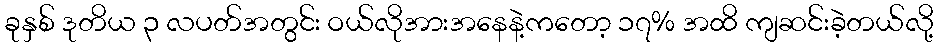
ခုနှစ် ဒုတိယ ၃ လပတ်အတွင်း ဝယ်လိုအားအနေနဲ့ကတော့ ၁၇% အထိ ကျဆင်းခဲ့တယ်လို့